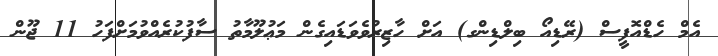
އެމް ހެޑްއޮފީސް (ރޭޑިއޯ ބިލްޑިންގ) އަށް ހާޒިރުވެވަޑައިގެން މަޢުލޫމާތު ސާފުކުރެއްވުމަށްފަހު 11 ޖޫން